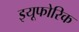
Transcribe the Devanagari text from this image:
इयूफोरिक